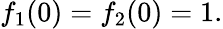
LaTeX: f_{1}(0)=f_{2}(0)=1.